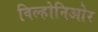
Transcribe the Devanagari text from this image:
विल्होनिओर